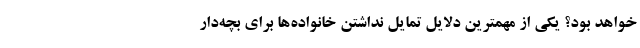
خواهد بود؟ یکی از مهمترین دلایل تمایل نداشتن خانواده‌ها برای بچه‌دار